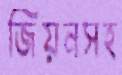
জিয়নসহ